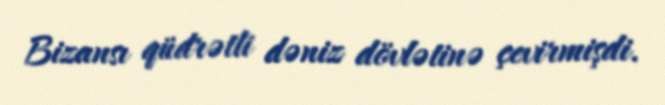
Bizansı qüdrətli dəniz dövlətinə çevirmişdi.